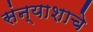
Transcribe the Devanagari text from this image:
संन्याशाचे